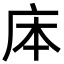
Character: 㡷